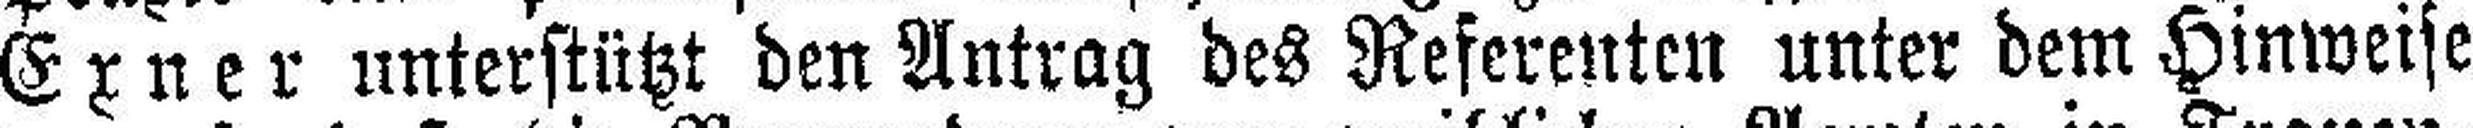
Exner unterstützt den Antrag des Referenten unter dem Hinweise